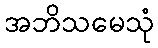
အဘိသမေသုံ